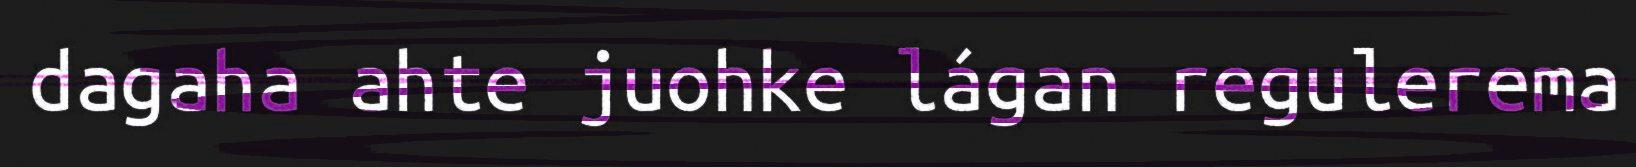
dagaha ahte juohke lágan regulerema